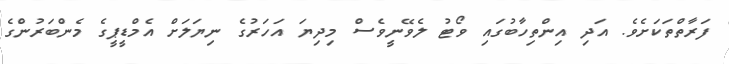
ފަރާތްތަކަށެވެ. އަދި އިންތިހާބުގައި ވޯޓު ލެވޭނީވެސް މިދިޔަ އަހަރުގެ ނިޔަލަށް އެމްޑީޕީގެ މެންބަރުންގެ